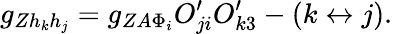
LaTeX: g_{Zh_{k}h_{j}}=g_{ZA\Phi_{i}}O_{ji}^{\prime}O_{k3}^{\prime}-(k\leftrightarrow j).